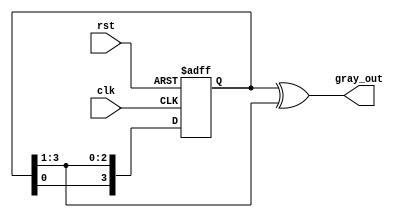
module gray_ring_counter (
    input clk,
    input rst,
    output reg [3:0] gray_out
);

reg [3:0] reg_out;

always @(posedge clk or posedge rst) begin
    if (rst) begin
        reg_out <= 4'b0;
    end else begin
        reg_out <= {reg_out[0], reg_out[3:1]};
    end
end

always @* begin
    gray_out = reg_out ^ (reg_out >> 1);
end

endmodule